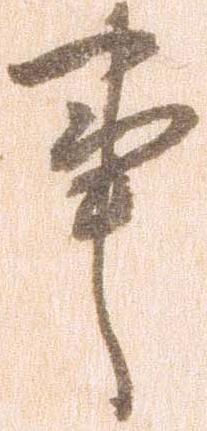
事